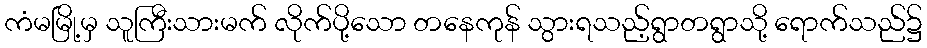
ကံမမြို့မှ သူကြီးသားမက် လိုက်ပို့သော တနေကုန် သွားရသည့်ရွာတရွာသို့ ရောက်သည်၌